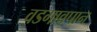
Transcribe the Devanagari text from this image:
वडगावपान